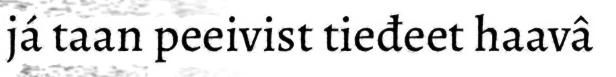
já taan peeivist tieđeet haavâ